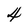
Character: 4